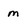
Character: m